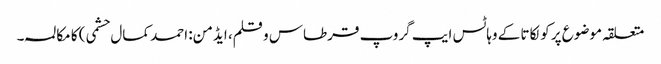
متعلقہ موضوع پر کولکاتا کے وہاٹس ایپ گروپ قرطاس و قلم، ایڈمن: احمد کمال حشمی) کا مکالمہ۔